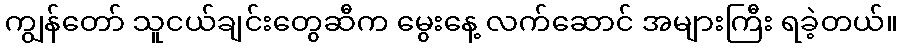
ကျွန်တော် သူငယ်ချင်းတွေဆီက မွေးနေ့ လက်ဆောင် အများကြီး ရခဲ့တယ်။